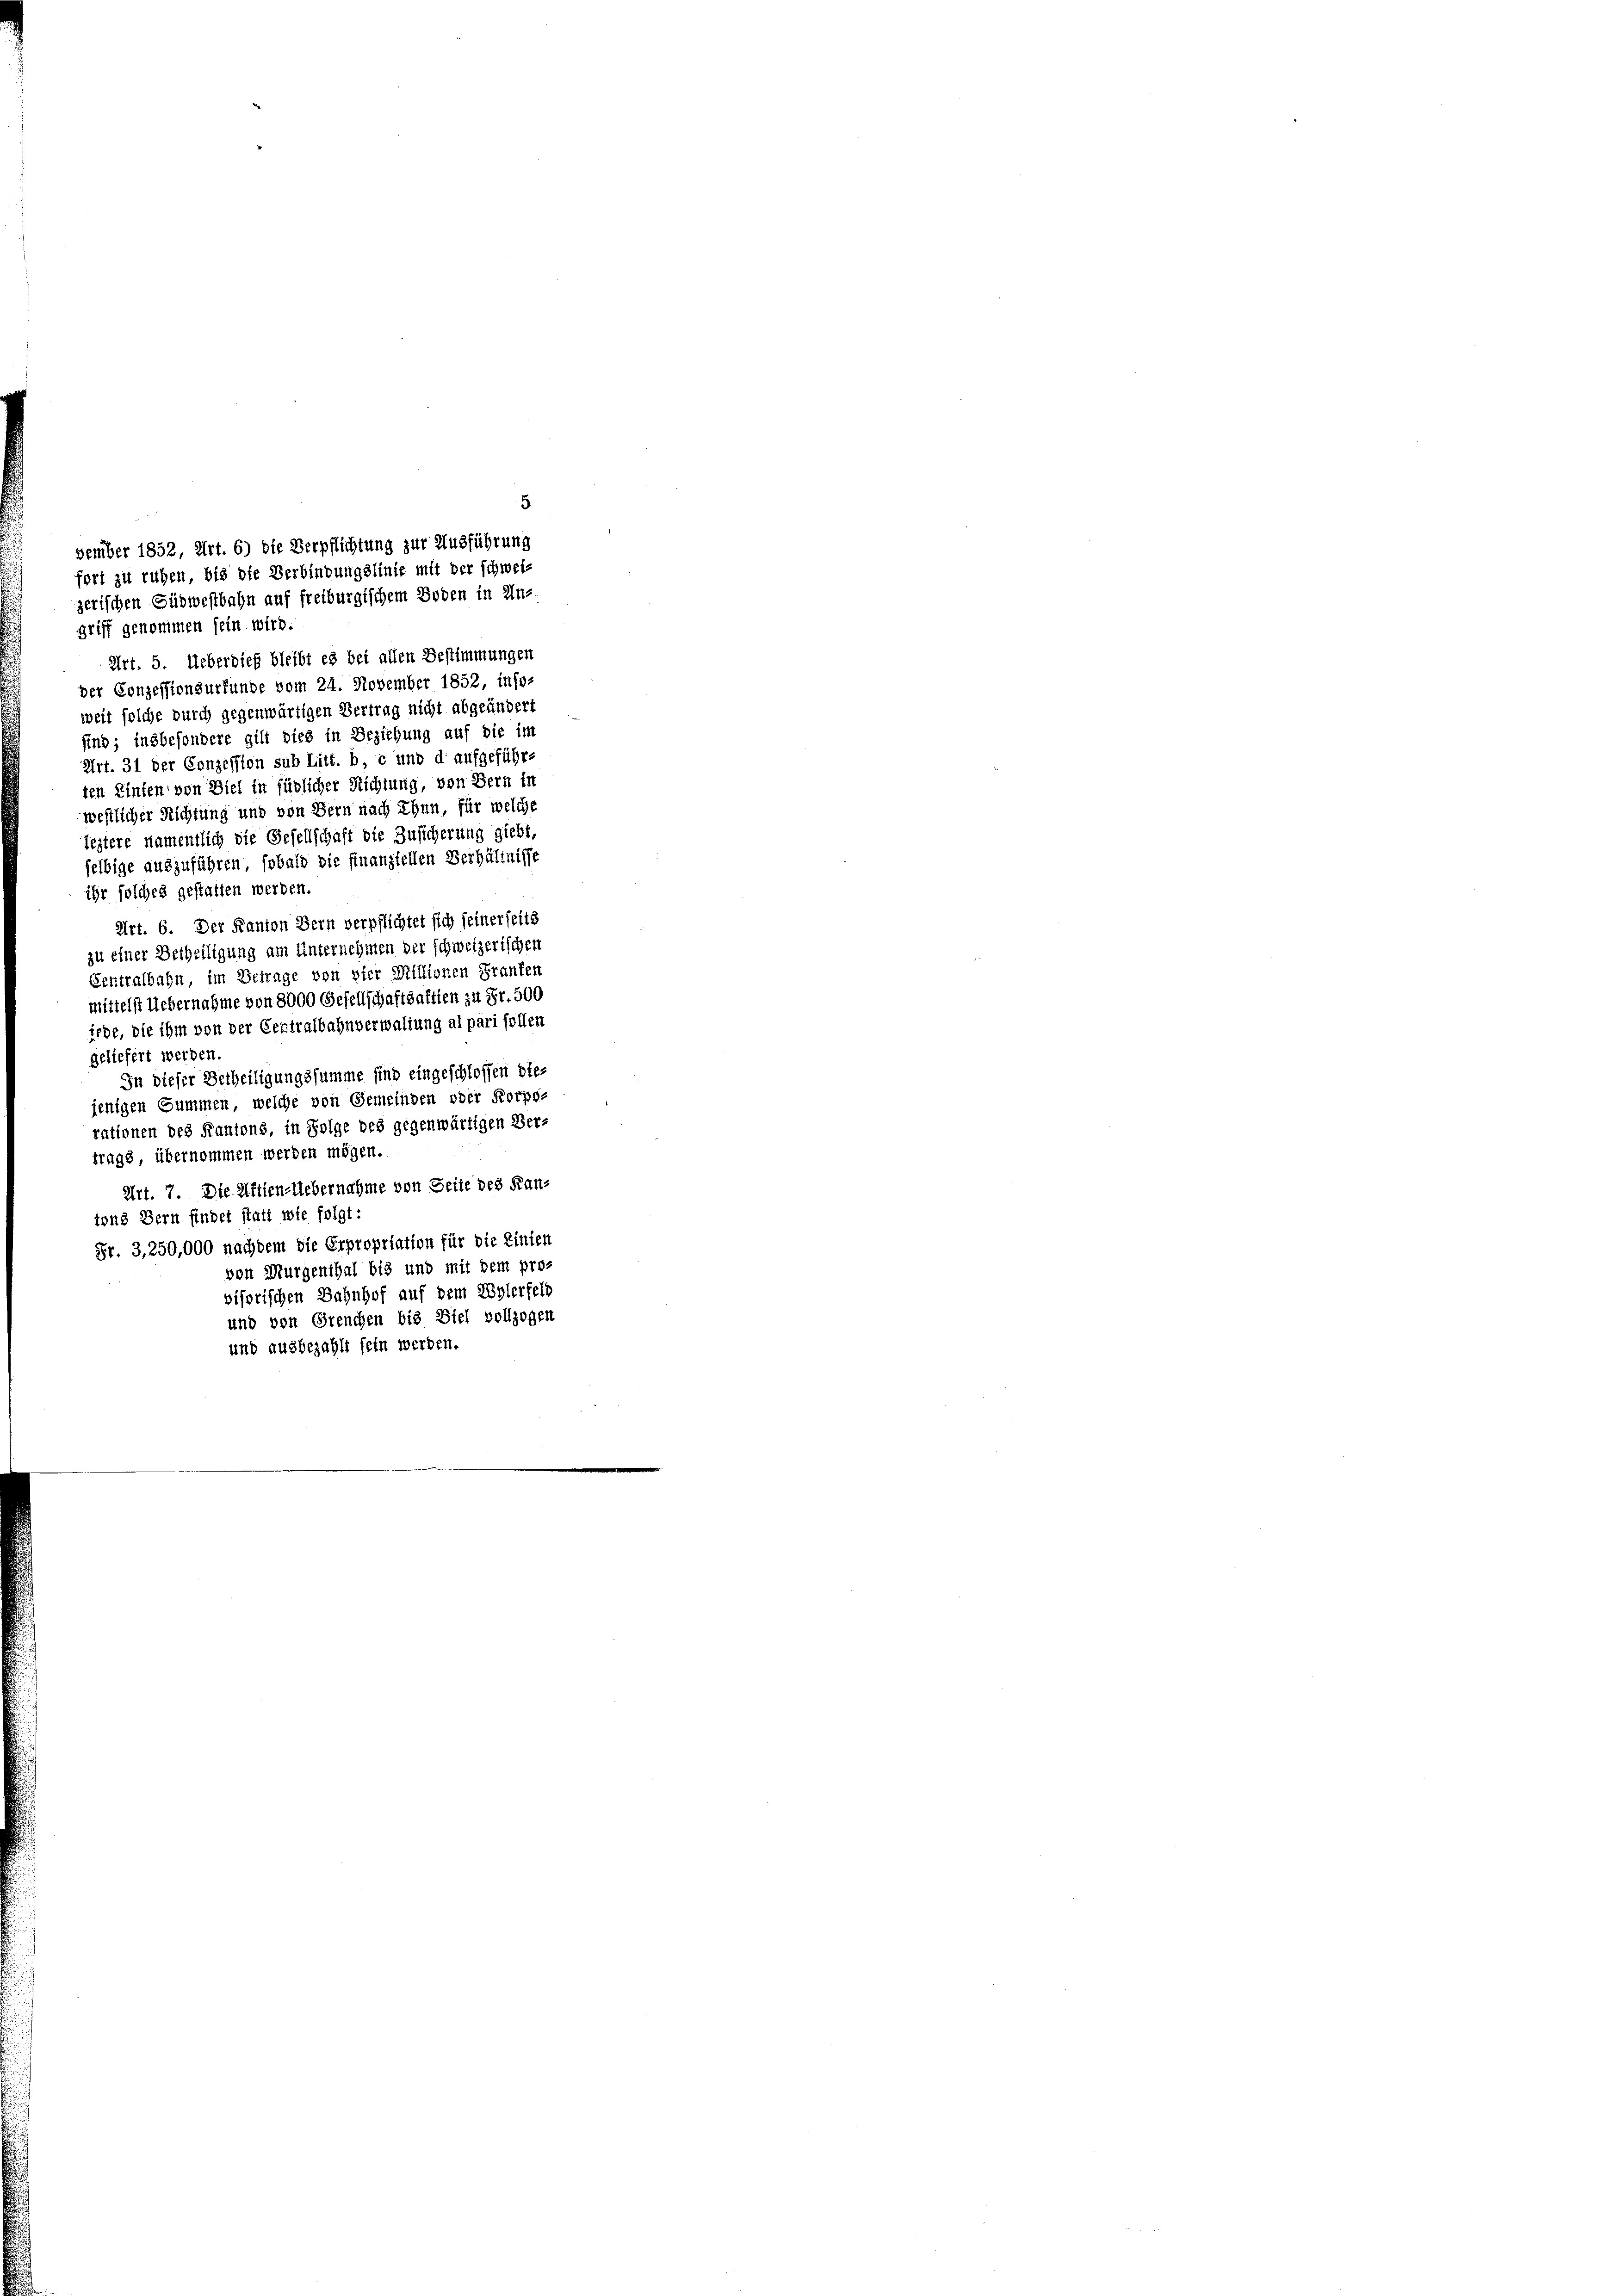
griff genommen sein wird.
Art. 5. Ueberdieß bleibt es bei allen Bestimmungen
der Conzessionsurfunde vom 24. November 1852, inso-
weit solche durch gegenwärtigen Vertrag nicht abgeändert
sind; insbesondere gilt dies in Beziehung auf die im
Art. 31 der Conzession sub Litt. b, c und d aufgeführ-
ten Einten von Ziel in fürlicher Richtung, von Bern in
westlicher Richtung und von Bern nach Thun, für welche
leztere namentlich die Gesellschaft die Zusicherung giebt,
selbige auszuführen, sobald die finanziellen Verhältnisse
ihr solches gestatten werden.
Art. 6. Der Kanton Bern verpflichtet sich seinerseits
zu einer Betheiligung am Unternehmen der schweizerischen
Centralbahn im Betrage von vier Millionen Franten
mittelst Uebernahme von 8000 Gesellschaftsalten zu Fr. 500
jede, die ihm von der Centralbahnverwaltung al pari sollen
geliefert werden.
In dieser Verheiligungssumme sind eingeschlossen dies
jenigen Summen, welche von Gemeinden oder Korpo-
rationen des Kantons, in Folge des gegenwärtigen Ver-
trags übernommen werden mögen.
Art. 7. Die Aktien-Uebernahme von Seite des Kan-
tons Bern findet statt wie folgt:
Fr. 3, 250,000 nachdem die Erpropriation für die Linien
von Murgenthal bis und mit dem provisorischen Bahnhof auf dem Rylerfelb
und von Grenchen bis Biel vollzogen
und ausbezahlt sein werden.

5
vember 1852, Art. 6) die Verpflichtung zur Ausführung
fort zu ruhen, bis die Verbindungslinie mit der schweiz
zerischen Güdwestbahn auf freiburgischem Boden in Un-